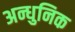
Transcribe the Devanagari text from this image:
अन्धुनिक